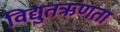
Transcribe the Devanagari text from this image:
विद्युतऋणता